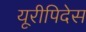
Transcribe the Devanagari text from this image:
यूरीपिदेस